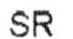
SR